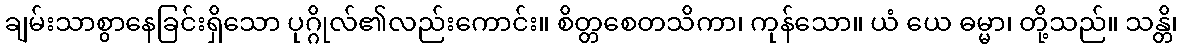
ချမ်းသာစွာနေခြင်းရှိသော ပုဂ္ဂိုလ်၏လည်းကောင်း။ စိတ္တစေတသိကာ၊ ကုန်သော။ ယံ ယေ ဓမ္မာ၊ တို့သည်။ သန္တိ၊